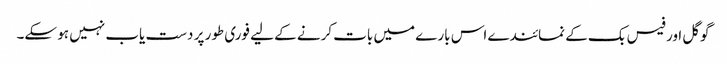
گوگل اور فیس بک کے نمائندے اس بارے میں بات کرنے کے لیے فوری طور پر دست یاب نہیں ہو سکے۔